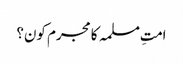
امتِ مسلمہ کا مجرم کون؟